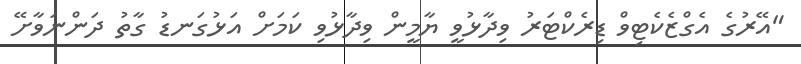
"އޭރުގެ އެގްޒެކެޓިވް ޑިރެކްޓަރު ވިދާޅުވީ ޔާމީން ވިދާޅުވި ކަމަށް އަޅުގަނޑު ގާތު ދަންނަވާށޭ